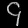
Digit: ၄